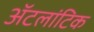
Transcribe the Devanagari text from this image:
ॲटलांटिक